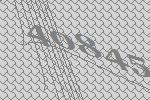
40845